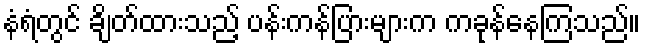
နံရံတွင် ချိတ်ထားသည့် ပန်းကန်ပြားများက ကခုန်နေကြသည်။